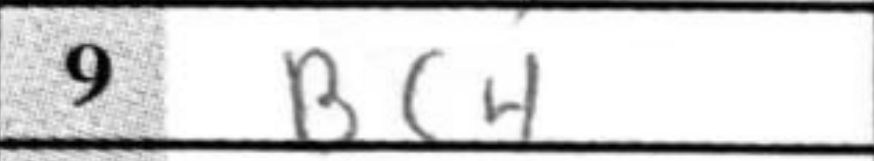
Transcription: Bc4